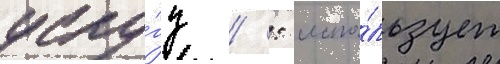
услу́гу  : испо́льзует